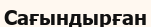
Сағындырған